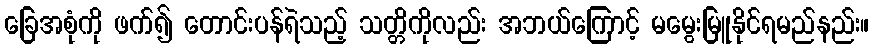
ခြေအစုံကို ဖက်၍ တောင်းပန်ရဲသည့် သတ္တိကိုလည်း အဘယ်ကြောင့် မမွေးမြူနိုင်ရမည်နည်း။